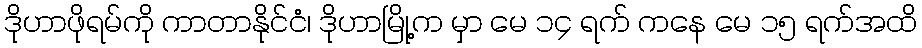
ဒိုဟာဖိုရမ်ကို ကာတာနိုင်ငံ၊ ဒိုဟာမြို့က မှာ မေ ၁၄ ရက် ကနေ မေ ၁၅ ရက်အထိ